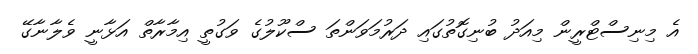
އެ މިނިސްޓްރީން މިއަދު ބުނިގޮތުގައި ދަރުމަވަންތަ ސްކޫލުގެ ވަގުތީ އިމާރާތް އަޅާނީ ވެލާނާގޭ